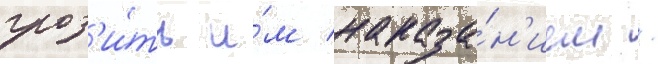
гроз'и́ть и́м наказа́н'ием /